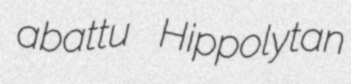
abattu Hippolytan